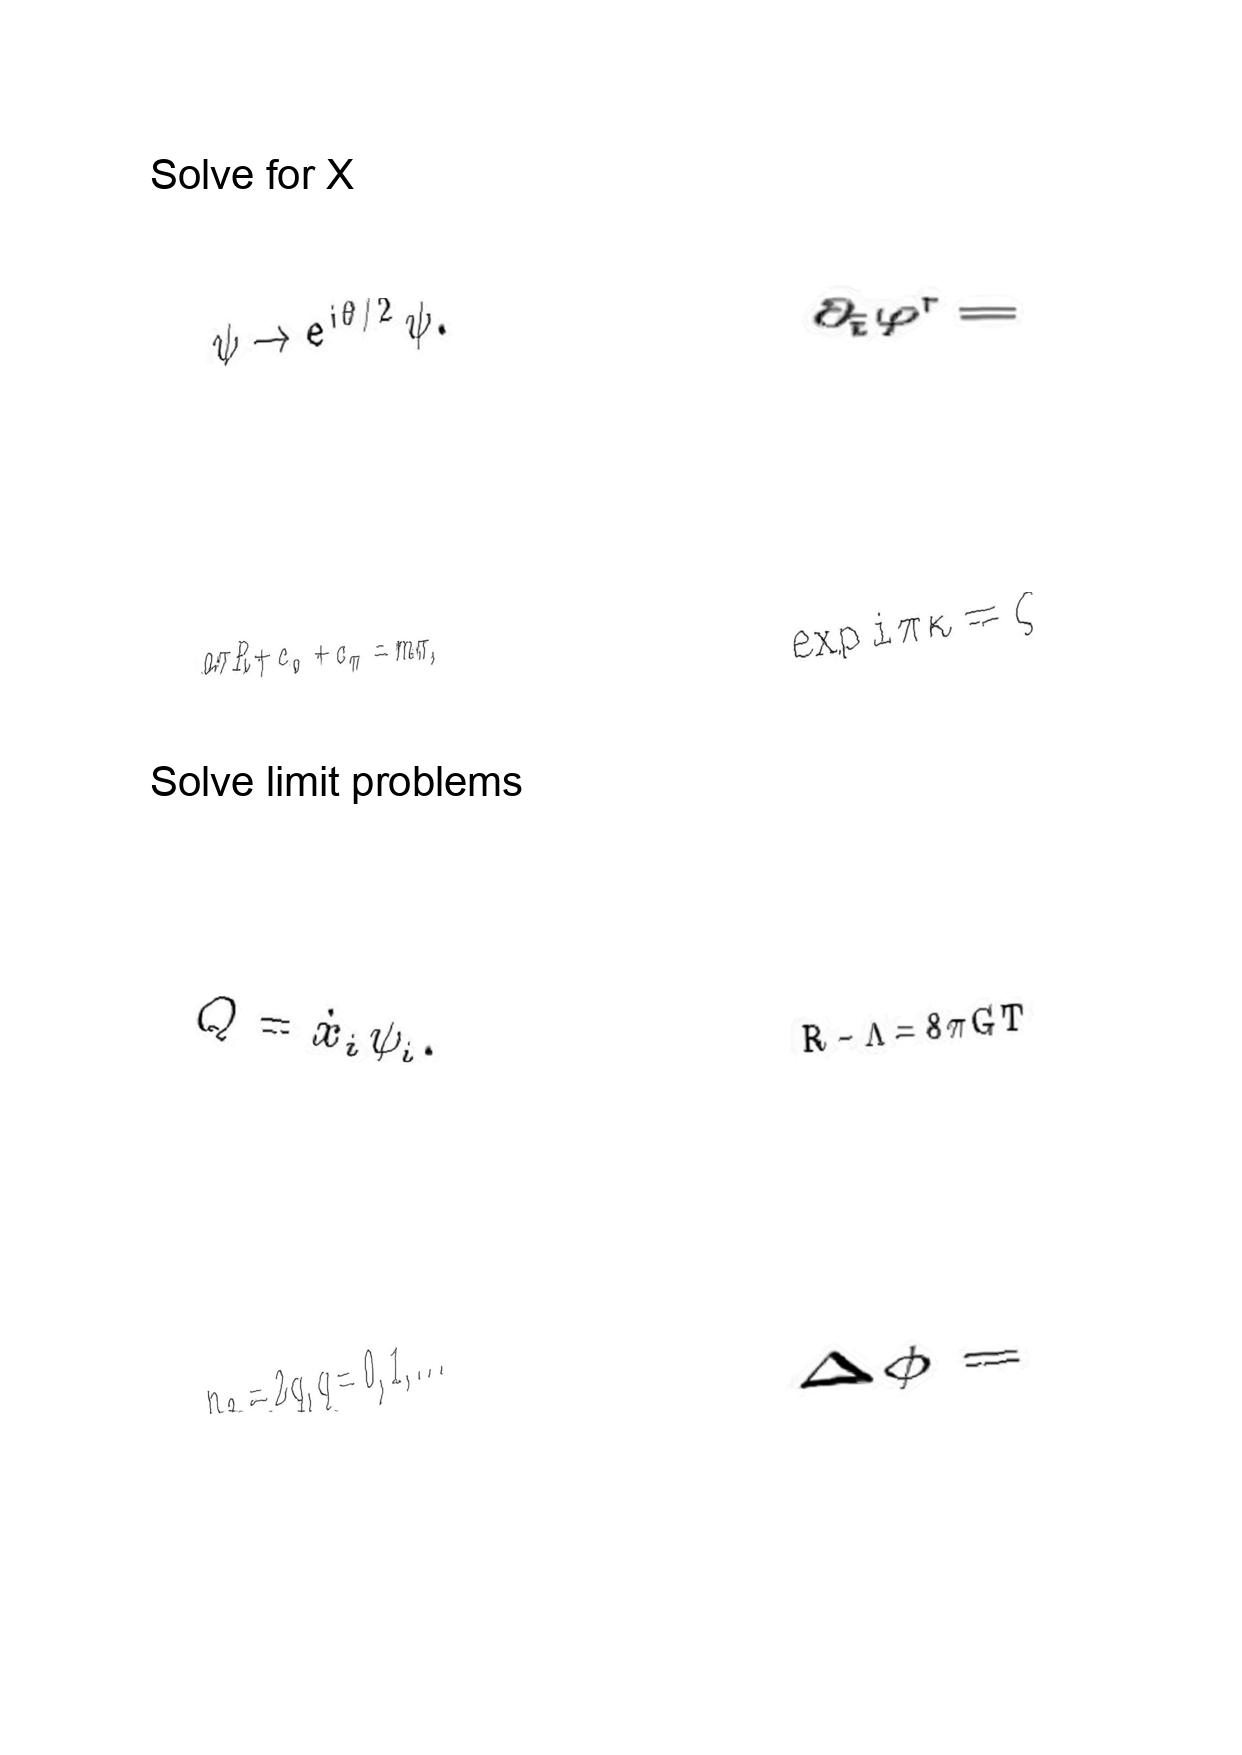
LaTeX transcription:
\psi \rightarrow e ^ { i \theta / 2 } \psi .
a \pi R + c _ { 0 } + c _ { \pi } = m \pi ,
Q = \dot { x } _ { i } \psi _ { i } .
n _ { 2 } = 2 q , q = 0 , 1 , . . .
\partial _ { \tilde { t } } \varphi ^ { r } =
\exp i \pi \kappa = \zeta
R - \Lambda = 8 \pi G T
\Delta \phi =